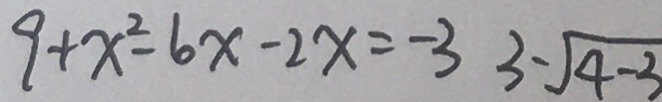
9 + x ^ { 2 } - 6 x - 2 x = - 3 3 \cdot \sqrt { 4 - 3 }